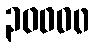
၃၀၀၀၀